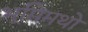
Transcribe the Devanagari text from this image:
भूमिमथो